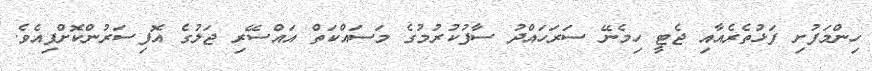
ހިިންމަފުށި ފަޅުތެރެއާއި ޖެޓީ ހިމެނޭ ސަރަހައްދު ސާފުކުރުމުގެ މަސައްކަތް އައްސޭރި ޖަލުގެ އޮފިސަރުންކޮށްފިއެވެ.